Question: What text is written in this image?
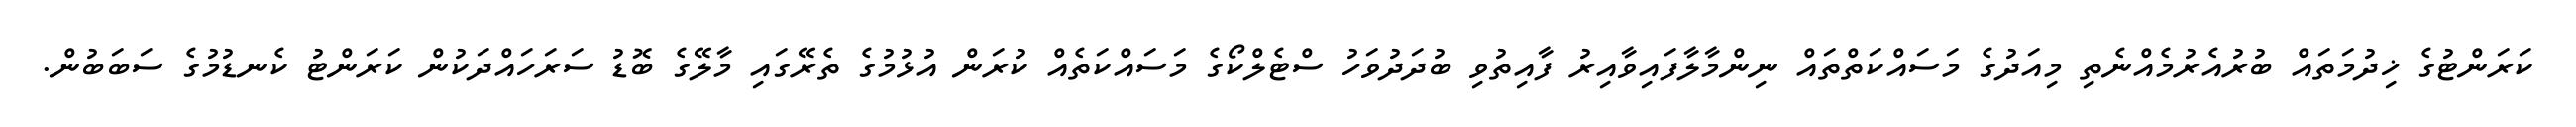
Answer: ކަރަންޓުގެ ޚިދުމަތައް ބުރުއެރުމެއްނެތި މިއަދުގެ މަސައްކަތްތައް ނިންމާލާފައިވާއިރު ފާއިތުވި ބުދަދުވަހު ސްޓެލްކޯގެ މަސައްކަތެއް ކުރަން އުޅުމުގެ ތެރޭގައި މާލޭގެ ބޮޑު ސަރަހައްދަކުން ކަރަންޓު ކެނޑުމުގެ ސަބަބުން.